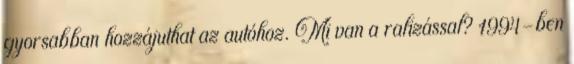
gyorsabban hozzájuthat az autóhoz. Mi van a ralizással? 1994-ben